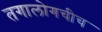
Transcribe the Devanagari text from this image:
तगालोगचीच